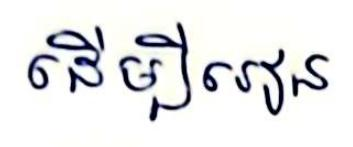
ដើម្បីរៀន